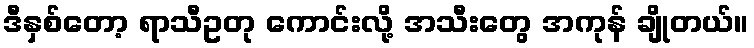
ဒီနှစ်တော့ ရာသီဥတု ကောင်းလို့ အသီးတွေ အကုန် ချိုတယ်။